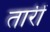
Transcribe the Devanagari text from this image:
तारीं